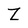
Character: Z